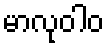
မာလုဝါဝ